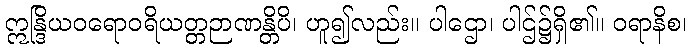
ဣန္ဒြိယဝရောဝရိယတ္တဉာဏန္တိပိ၊ ဟူ၍လည်း။ ပါဌော၊ ပါဌ်၌ရှိ၏။ ဝရာနိစ၊